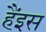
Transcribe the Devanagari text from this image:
हैंइस